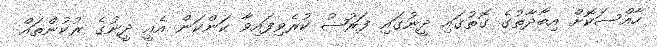
ހާއްސަކޮށް އިބާދާތުގެ ގޮތުގައި ދީނުގައި ފަރުޟު ކުރެވިފައިވާ ކަންކަން އެއީ ދީނުގެ ރުކުންތައް